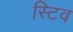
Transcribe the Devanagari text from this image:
स्टिव